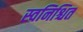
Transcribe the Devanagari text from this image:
स्वनिश्चित